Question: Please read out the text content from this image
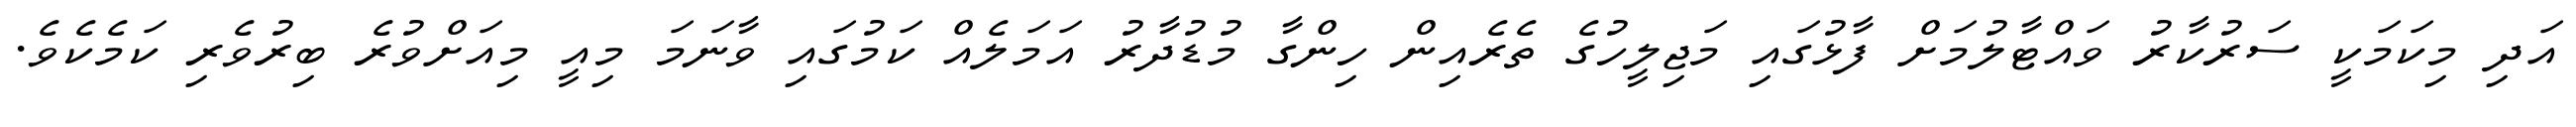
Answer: އަދި މިކަމަކީ ސަރުކާރު ވައްޓާލުމަށް ފާޅުގައި މަޖިލީހުގެ ތެރެއިން ހިންގާ މުޑުދާރު އަމަލެއް ކަމުގައި ވާނަމަ މިއީ މިއަށްވުރެ ބިރުވެރި ކަމެކެވެ.